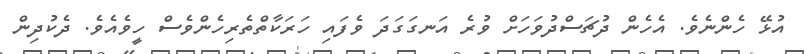
އުޅޭ ހެންނެވެ. އެހެން ދުޗަސްދުވަހަށް ވުރެ އަނގަގަދަ ވެފައި ހަރަކާތްތެރިހެންވެސް ހީވެއެވެ. ދެކުދިން